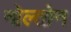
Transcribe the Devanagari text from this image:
नोल्तोन